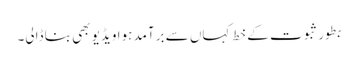
بطور ثبوت کے خط کہاں سے برآمد ہوا ویڈیو بھی بنا ڈالی۔